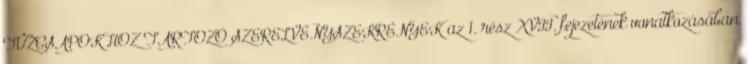
TÛZCSAPOKHOZ TARTOZÓ SZERELVÉNYSZEKRÉNYEK az 1. rész XVII. fejezetének vonatkozásában